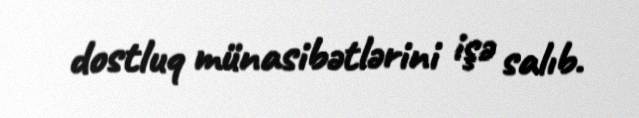
dostluq münasibətlərini işə salıb.